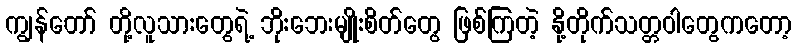
ကျွန်တော် တို့လူသားတွေရဲ့ ဘိုးဘေးမျိုးစိတ်တွေ ဖြစ်ကြတဲ့ နို့တိုက်သတ္တဝါတွေကတော့